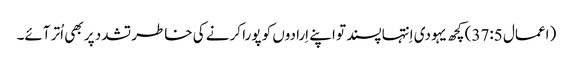
‏ (‏اعمال 5:‏37‏)‏ کچھ یہودی اِنتہاپسند تو اپنے اِرادوں کو پورا کرنے کی خاطر تشدد پر بھی اُتر آئے۔